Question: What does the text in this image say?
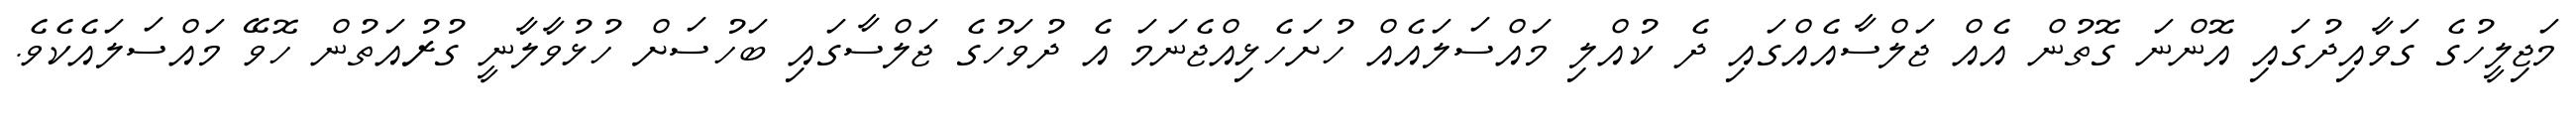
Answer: މަޖިލީހުގެ ގަވާއިދުގައި އޮންނަ ގޮތުން އެއް ޖަލްސާއެއްގައި ދެ ކުއްލި މައްސަލައެއް ހުށަހެޅިއްޖެނަމަ އެ ދުވަހުގެ ޖަލްސާގައި ބަހުސަށް ހުޅުވާލާނީ ގުރުއަތުން ހޮވޭ މައްސަލައެކެވެ.